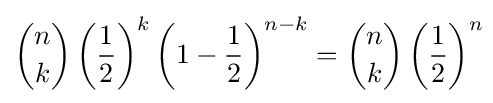
{n \choose k}\left({\frac {1}{2}}\right)^{k}\left(1-{\frac {1}{2}}\right)^{n-k}={n \choose k}\left({\frac {1}{2}}\right)^{n}\!